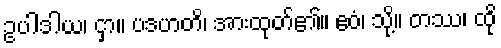
ဥပါဒါယ၊ ငှာ။ ပဒဟတိ၊ အားထုတ်၏။ ဧဝံ၊ သို့။ တဿ၊ ထို